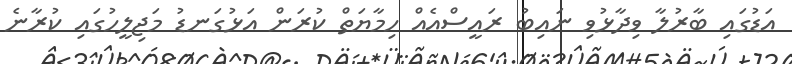
އަޑުގައި ބާރުލާ ވިދާޅުވި ނައިބު ރައީސްއެއް ހިމާޔަތް ކުރަން އަޅުގަނޑު މަޖިލީހުގައި ކުރާނެ